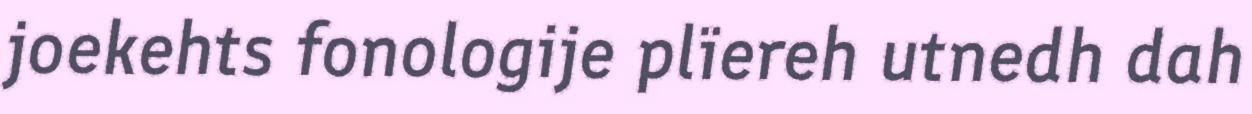
joekehts fonologije plïereh utnedh dah